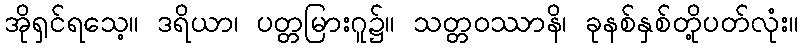
အိုရှင်ရသေ့။ ဒရိယာ၊ ပတ္တမြားဂူ၌။ သတ္တဝဿာနိ၊ ခုနစ်နှစ်တို့ပတ်လုံး။